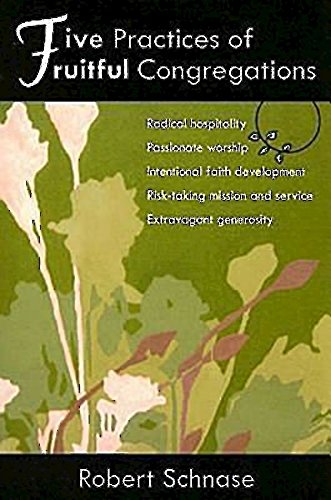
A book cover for Five Practices of Fruitful Congregations; Robert Schnase; Christian Books & Bibles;